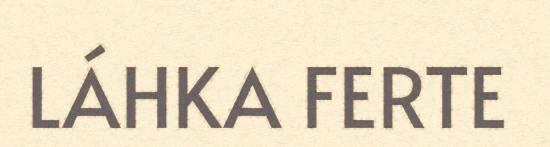
LÁHKA FERTE